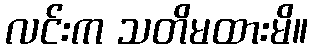
လင်းက သတိမထားမိ။